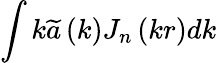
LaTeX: \int k\widetilde{a}\left(k\right)J_{n}\left(kr\right)dk